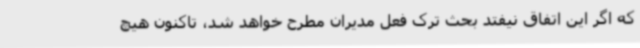
که اگر این اتفاق نیفتد بحث ترک فعل مدیران مطرح خواهد شد، تاکنون هیچ